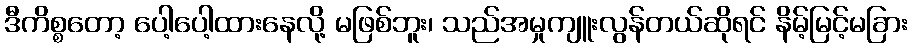
ဒီကိစ္စတော့ ပေါ့ပေါ့ထားနေလို့ မဖြစ်ဘူး၊ သည်အမှုကျူးလွန်တယ်ဆိုရင် နိမ့်မြင့်မခြား